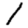
Digit: 1